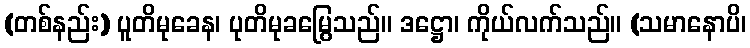
(တစ်နည်း) ပူတိမုခေန၊ ပုတိမုခမြွေသည်။ ဒဋ္ဌော၊ ကိုယ်လက်သည်။ (သမာနောပိ၊